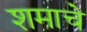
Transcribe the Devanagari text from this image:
शमाचे